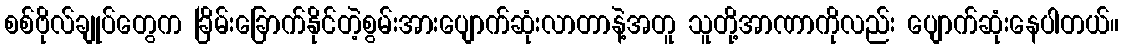
စစ်ဗိုလ်ချုပ်တွေက ခြိမ်းခြောက်နိုင်တဲ့စွမ်းအားပျောက်ဆုံးလာတာနဲ့အတူ သူတို့အာဏာကိုလည်း ပျောက်ဆုံးနေပါတယ်။